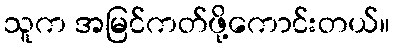
သူက အမြင်ကတ်ဖို့ကောင်းတယ်။